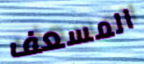
المسعف